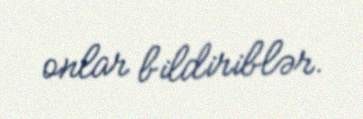
onlar bildiriblər.